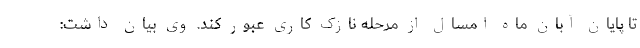
تا پایان آبان ماه امسال از مرحله نازک کاری عبور کند. وی بیان داشت: